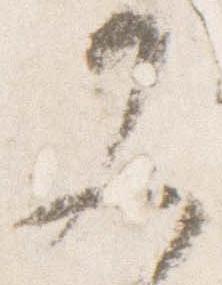
又